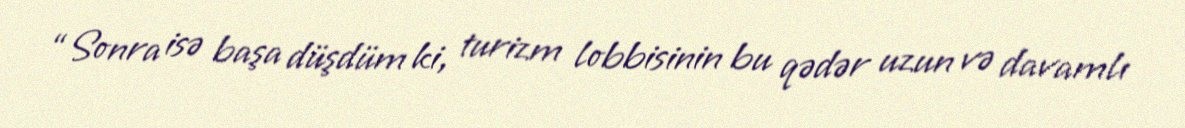
“Sonra isə başa düşdüm ki, turizm lobbisinin bu qədər uzun və davamlı